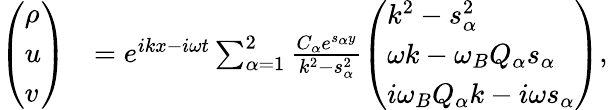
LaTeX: \begin{array}{rl}{\left(\begin{array}{l}{\rho}\\ {u}\\ {v}\end{array}\right)}&{=e^{ikx-i\omega t}\sum_{\alpha=1}^{2}\frac{C_{\alpha}e^{s_{\alpha}y}}{k^{2}-s_{\alpha}^{2}}\left(\begin{array}{l}{k^{2}-s_{\alpha}^{2}}\\ {\omega k-\omega_{B}Q_{\alpha}s_{\alpha}}\\ {i\omega_{B}Q_{\alpha}k-i\omega s_{\alpha}}\end{array}\right),}\end{array}